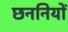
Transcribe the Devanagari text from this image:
छननियों